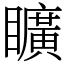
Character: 矌